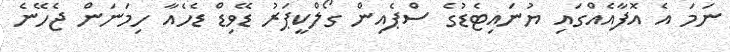
ނަމަ އެ އޮފާއެއްގައި ޔުނައިޓެޑުގެ ސްޕެއިން ގޯލްކީޕަރު ޑޭވިޑް ޑެހެއާ ހިމަނަން ޖެހޭނެ